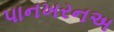
પાનખરનઅ